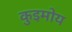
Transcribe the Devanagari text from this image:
कुइमोय